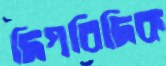
দিগবিদিক